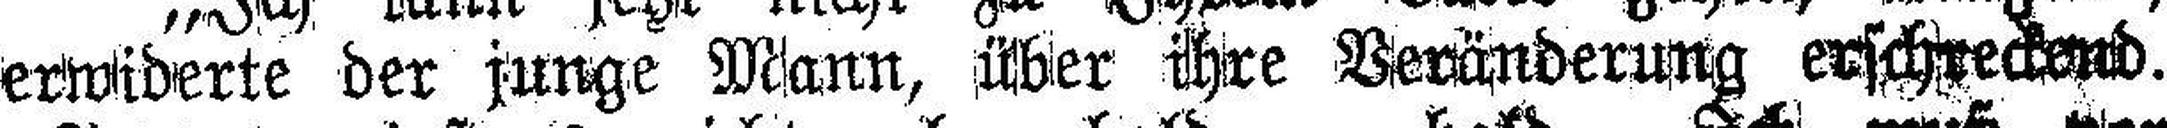
erwiderte der junge Mann, über ihre Veränderung erschreckend.